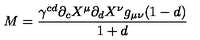
M = \frac { \gamma ^ { c d } \partial _ { c } X ^ { \mu } \partial _ { d } X ^ { \nu } g _ { \mu \nu } ( 1 - d ) } { 1 + d }